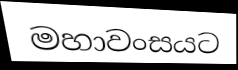
මහාවංසයට